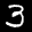
Label: 3